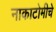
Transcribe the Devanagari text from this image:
नाकाटोमीचे